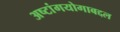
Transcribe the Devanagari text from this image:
अष्टांगयोगाबद्दल